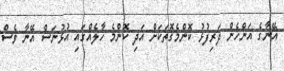
އޭނާގެ އަންހެން ދަރިފުޅު ކޮންމެގޮތަކަށް އަދި ކޮންމެ ހާލެއްގައި އުޅުނަސް އޭނާ ވެސް